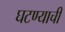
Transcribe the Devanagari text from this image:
घटण्याची